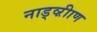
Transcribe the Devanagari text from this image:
नाड्व्ऱीाण